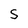
Character: S